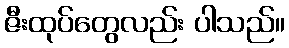
ဇီးထုပ်တွေလည်း ပါသည်။